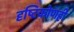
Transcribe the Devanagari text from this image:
दृष्टिकोणही